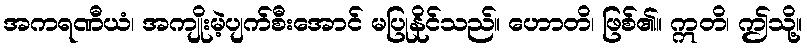
အကရဏီယံ၊ အကျိုးမဲ့ပျက်စီးအောင် မပြုနိုင်သည်။ ဟောတိ၊ ဖြစ်၏။ ဣတိ၊ ဤသို့။